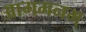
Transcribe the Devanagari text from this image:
आगमनम्